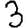
Digit: 3